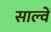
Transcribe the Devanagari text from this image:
साल्वें